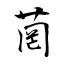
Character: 菵